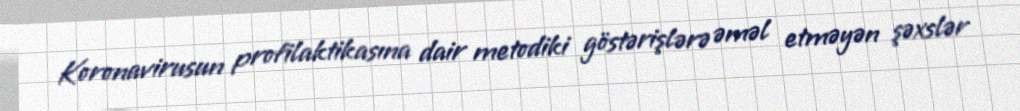
Koronavirusun profilaktikasına dair metodiki göstərişlərə əməl etməyən şəxslər